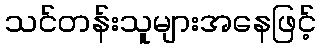
သင်တန်းသူများအနေဖြင့်